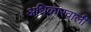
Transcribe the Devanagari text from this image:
अधिकारवाली